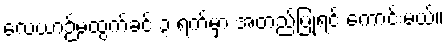
လေယာဉ်မထွက်ခင် ၃ ရက်မှာ အတည်ပြုရင် ကောင်းမယ်။